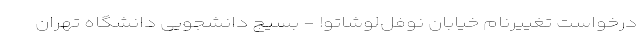
درخواست تغییرنام خیابان نوفل‌‌لوشاتو! - بسیج دانشجویی دانشگاه تهران